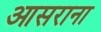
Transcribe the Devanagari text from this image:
आसराना